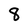
Character: 8